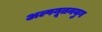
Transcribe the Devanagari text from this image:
अल्पनूतनयुग